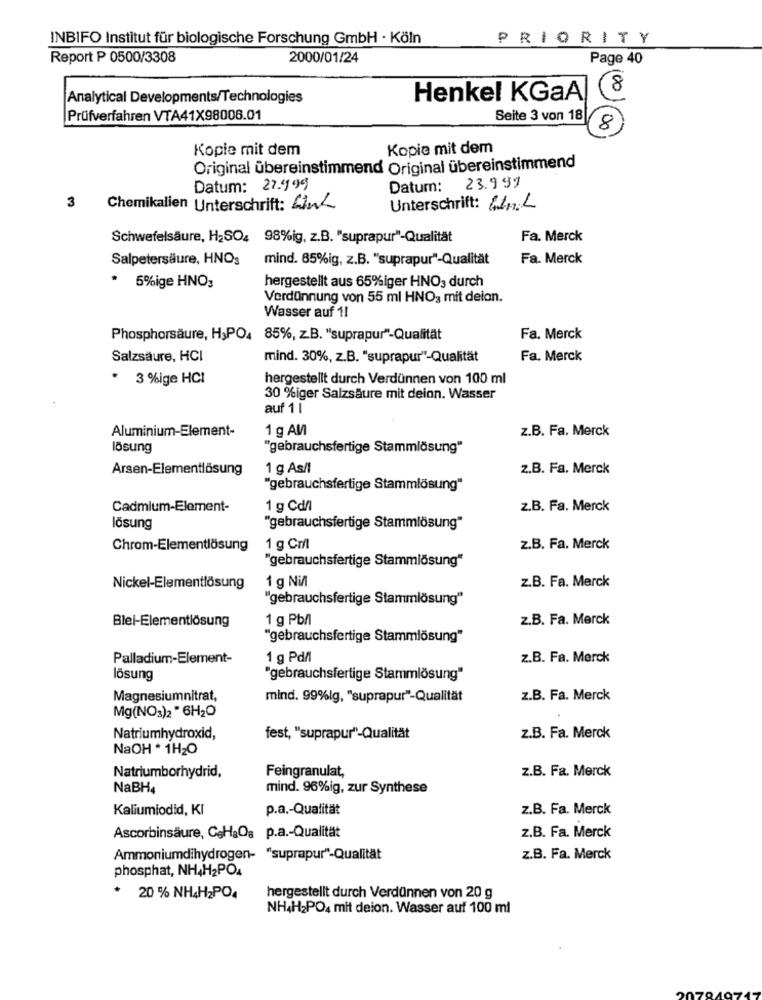
INBIFO Institut für biologische Forschung GmbH · Köln
PRIORITY
Report P 0500/3308
2000/01/24
Page 40
8
Analytical Developments/Technologies
Henkel KGaA
Prüfverfahren VTA41X98008.01
Seite 3 von 18
8
Kopie mit dem
Kopie mit dem
Original übereinstimmend Original übereinstimmend
Datum: 27.999
Datum:
23.999
3
Chemikalien Unterschrift: Link
Unterschrift: H1n.L
Schwefelsäure, H2SO4 98%ig, z.B. "suprapur"-Qualität
Fa. Merck
Salpetersäure, HNOs
mind. 85%ig, z.B. "suprapur"-Qualität
Fa. Merck
hergestellt aus 65%iger HNO, durch
5%ige HNO3
Verdünnung von 55 ml HNO3 mit deion.
Wasser auf 11
Phosphorsäure, H3PO4 85%, z.B. "suprapur"-Qualität
Fa. Merck
Salzsäure, HCI
mind. 30%, z.B. "suprapur"-Qualität
Fa. Merck
3 %ige HCI
hergestellt durch Verdünnen von 100 ml
30 %iger Salzsäure mit deion. Wasser
auf 11
Aluminium-Element-
1 g AM
z.B. Fa. Merck
lösung
"gebrauchsfertige Stammlösung"
Arsen-Elementlösung
1 g As/l
z.B. Fa. Merck
"gebrauchsfertige Stammlösung"
Cadmium-Element-
1 g Cd/l
z.B. Fa. Merck
lösung
"gebrauchsfertige Stammlösung"
Chrom-Elementlösung
1 g Cml
z.B. Fa. Merck
"gebrauchsfertige Stammlösung"
Nickel-Elementlösung
1 g NiAl
z.B. Fa. Merck
"gebrauchsfertige Stammlösung"
Blei-Elementlösung
1 g Pb/l
z.B. Fa. Merck
"gebrauchsfertige Stammlösung"
Palladium-Element-
1 g Pd/l
z.B. Fa. Merck
lösung
"gebrauchsfertige Stammlösung"
Magnesiumnitrat,
mind. 99%ig, "suprapur"-Qualität
z.B. Fa. Merck
Mg(NO3)2 - 6H2O
Natriumhydroxid,
fest, "suprapur"-Qualität
z.B. Fa. Merck
NaOH * 1H2O
Feingranulat,
z.B. Fa. Merck
Natriumborhydrid,
NaBH4
mind. 96%ig, zur Synthese
Kaliumiodid, KI
p.a .- Qualität
z.B. Fa. Merck
Ascorbinsäure, CaHaOs p.a .- Qualität
z.B. Fa. Merck
Ammoniumdihydrogen- "suprapur"-Qualität
z.B. Fa. Merck
phosphat, NH4H2PO4
20 % NH4H2PO4
hergestellt durch Verdünnen von 20 g
NH4H2PO4 mit deion. Wasser auf 100 ml